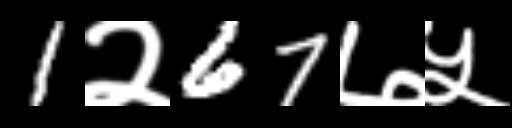
Text: 1२67७५